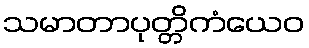
သမာတာပုတ္တိကံယေဝ